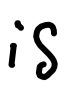
Text: is
Cross-out: clean
Writing tool: digital_black